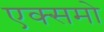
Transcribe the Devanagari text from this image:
एक्समो